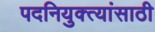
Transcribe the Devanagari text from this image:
पदनियुक्त्यांसाठी